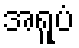
အရူပံ